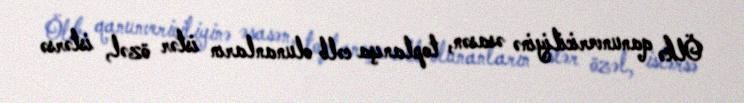
Ölkə qanunvericiliyinə əsasən, toplanışa cəlb olunanların istər özəl, istərsə